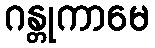
ဂန္တုကာမေ